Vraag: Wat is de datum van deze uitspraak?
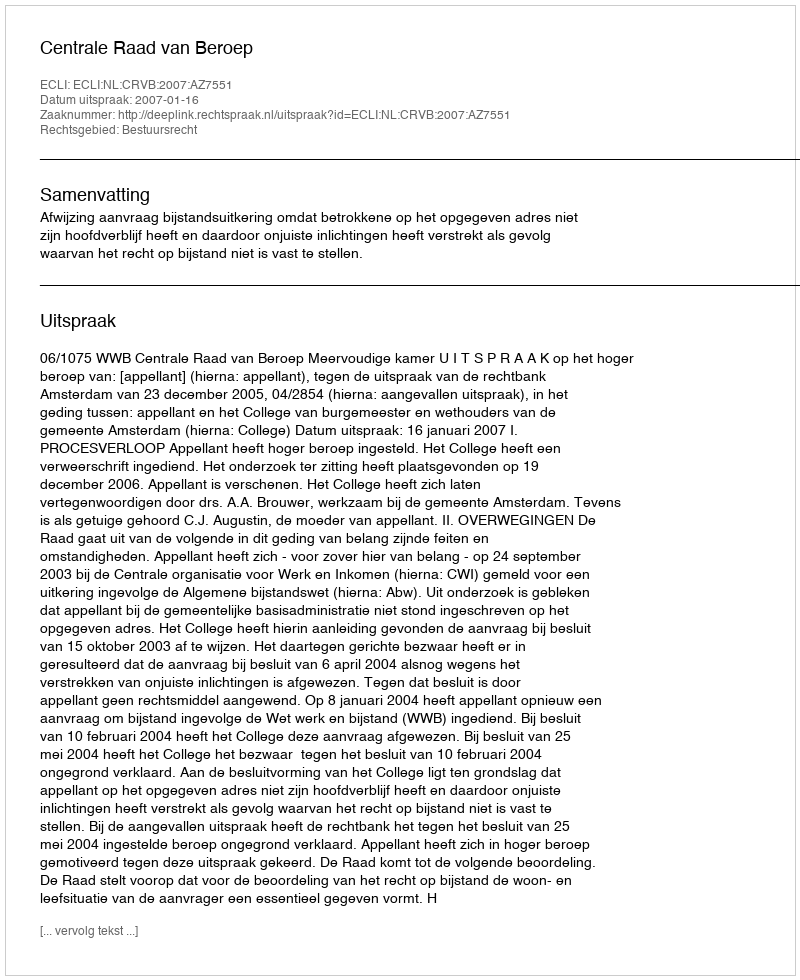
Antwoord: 2007-01-16